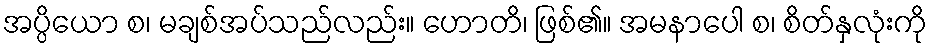
အပ္ပိယော စ၊ မချစ်အပ်သည်လည်း။ ဟောတိ၊ ဖြစ်၏။ အမနာပေါ စ၊ စိတ်နှလုံးကို